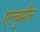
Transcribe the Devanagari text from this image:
एल्बुमीन